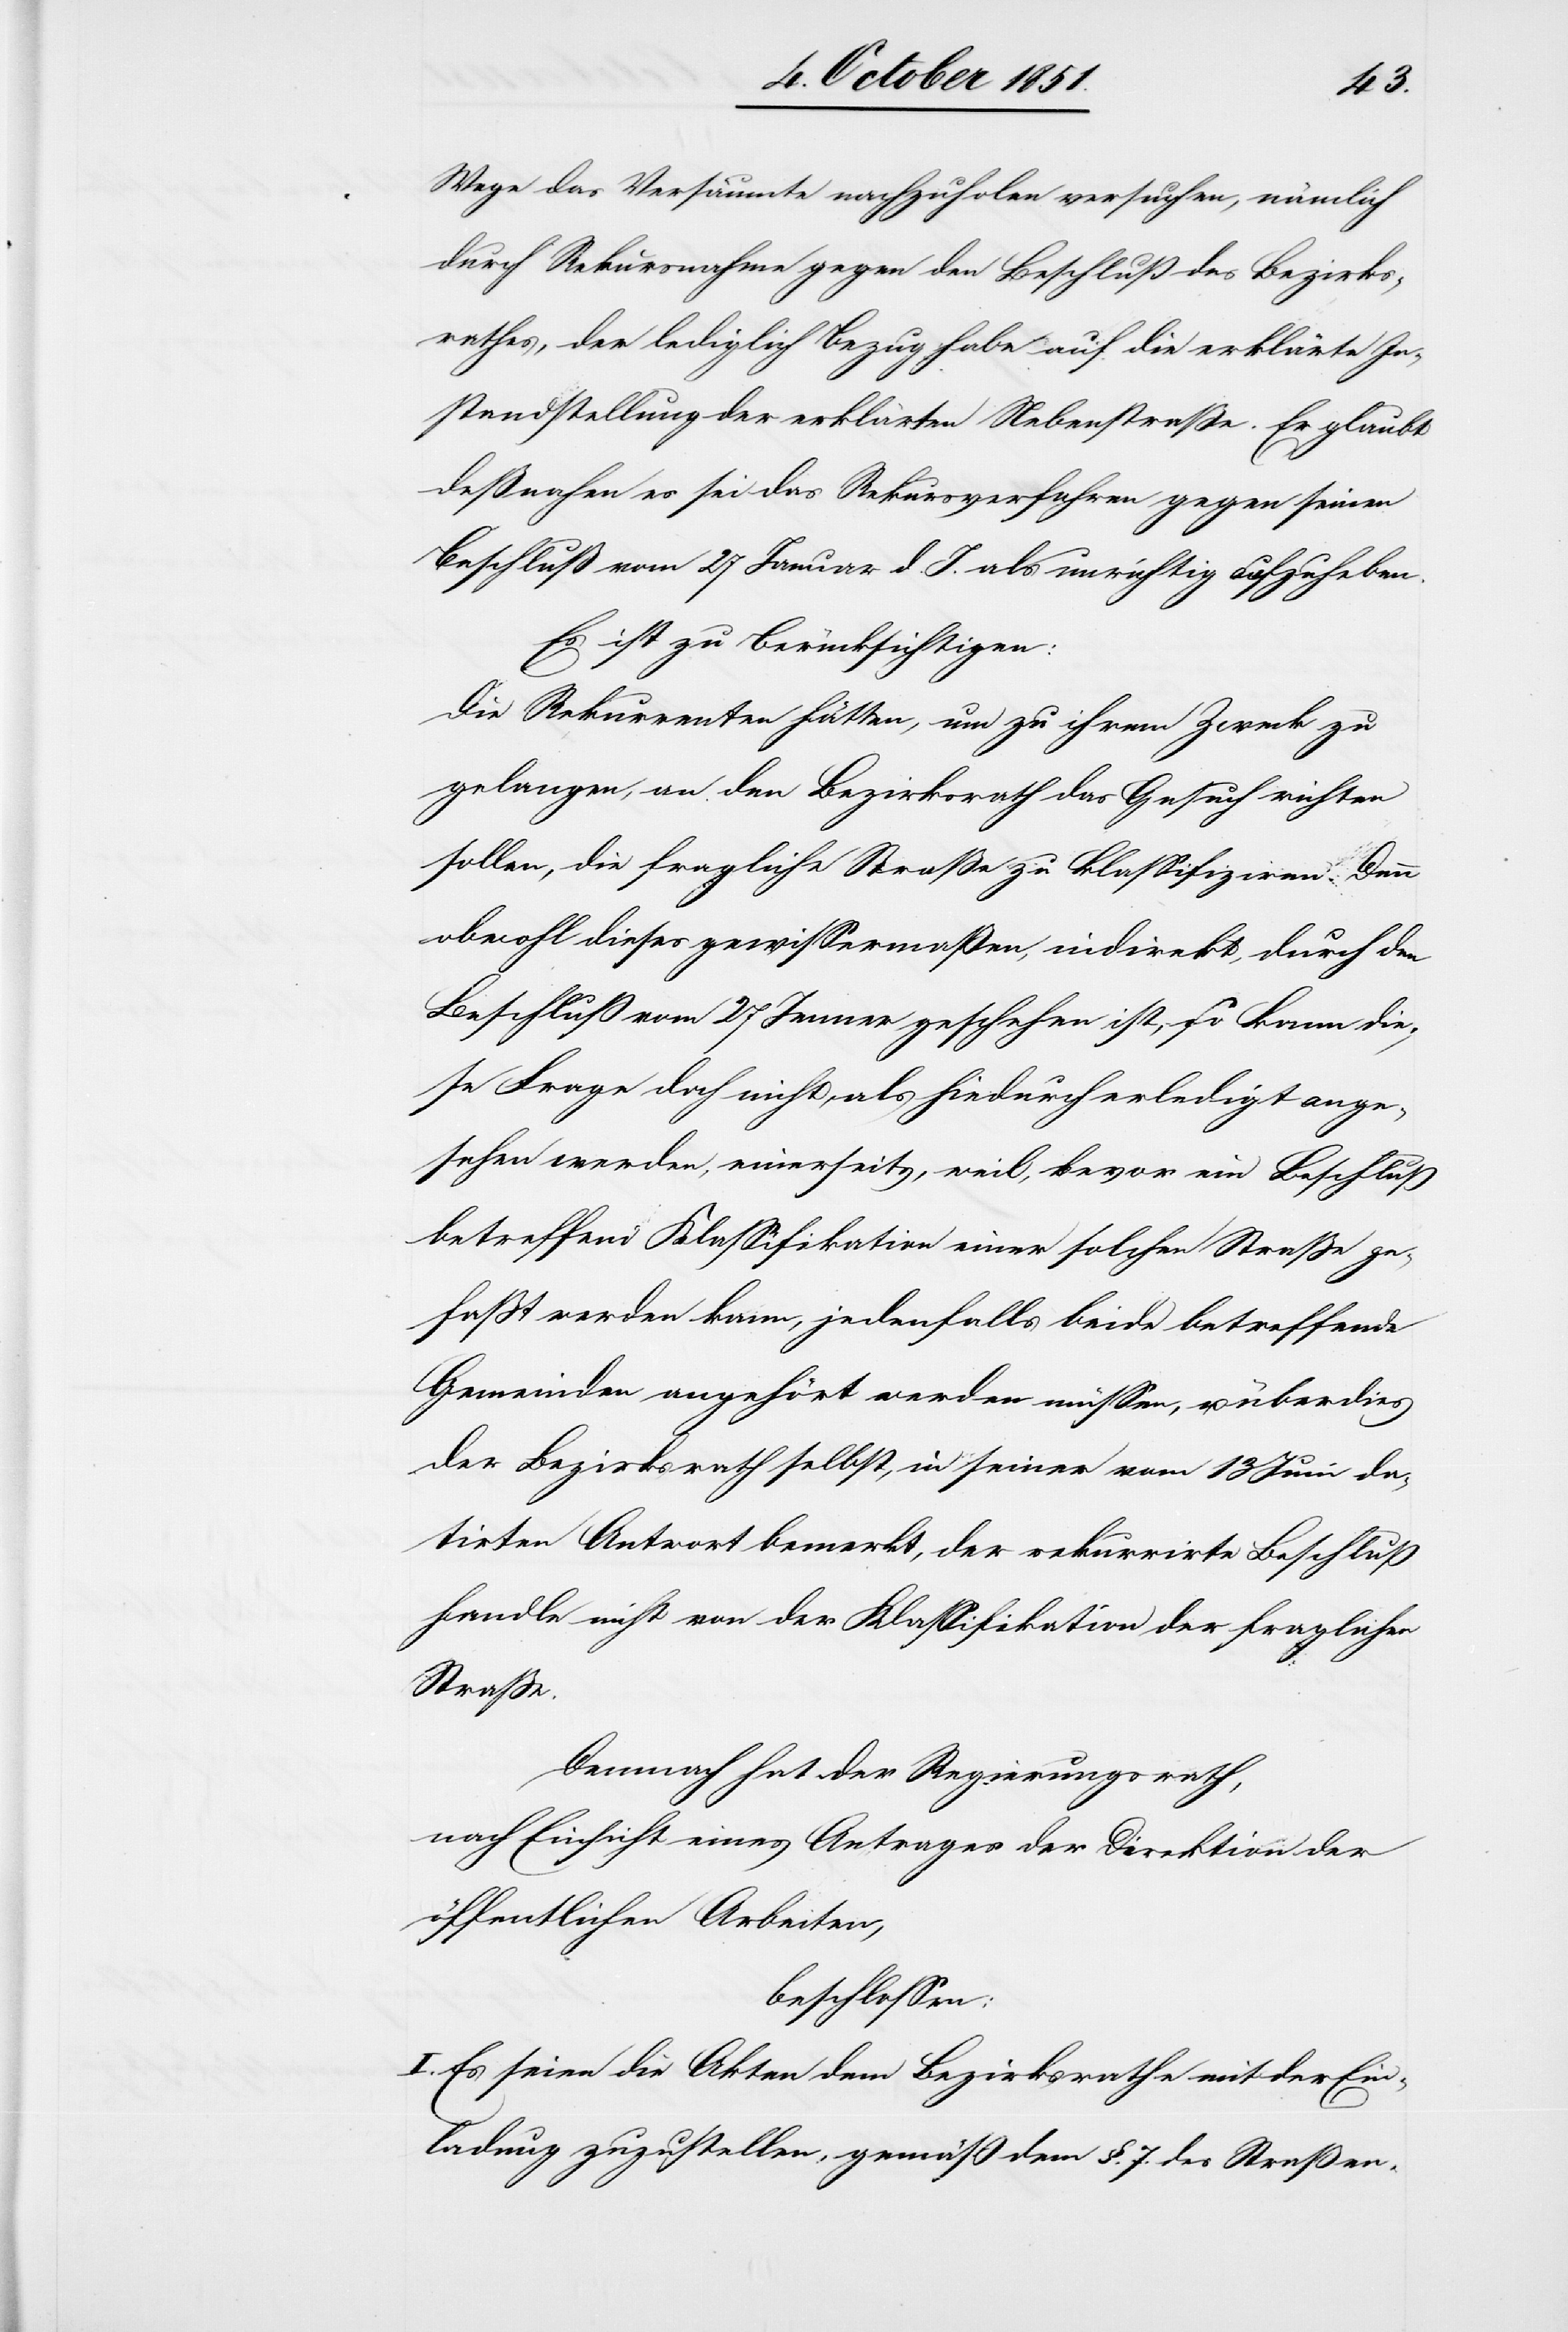
Wege das Versäumte nachzuholen versuchen, nämlich
durch Rekursnahme gegen den Beschluß des Bezirks¬
rathes, der lediglich Bezug habe auf die erklärte In¬
standstellung der erklärten Nebenstraße. Er glaubt
deßnahen es sei das Rekursverfahren gegen seinen
Beschluß vom 27 Januar d. J. als unrichtig aufzuheben.
Es ist zu berücksichtigen:
Die Rekurrenten hätten, um zu ihrem Zweck zu
gelangen, an den Bezirksrath das Gesuch richten
sollen, die fragliche Straße zu klassifiziren. Denn
obwohl dieses gewissermaßen, indirekt, durch den
Beschluß vom 27 Jenner geschehen ist, so kann die¬
se Frage doch nicht, als hiedurch erledigt ange¬
sehen werden, einerseits, weil, bevor ein Beschluß
betreffend Klassifikation einer solchen Straße ge¬
faßt werden kann, jedenfalls beide betreffende
Gemeinden angehört werden müssen, u. überdies
der Bezirksrath selbst, in seiner vom 13 Juni da¬
tirten Antwort bemerkt, der rekurrirte Beschluß
handle nicht von der Klassifikation der fraglichen
Straße.
Demnach hat der Regierungsrath,
nach Einsicht eines Antrages der Direktion der
öffentlichen Arbeiten,
beschlossen:
I. Es seien die Akten dem Bezirksrathe mit der Ein¬
ladung zuzustellen, gemäß dem §. 7. des Straßen-